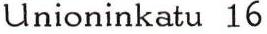
Unioninkatu 16